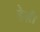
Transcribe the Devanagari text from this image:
हेऩी